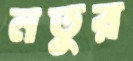
নতুর